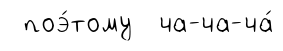
поэ́тому ча-ча-ча́